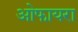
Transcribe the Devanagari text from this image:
ओफायरा